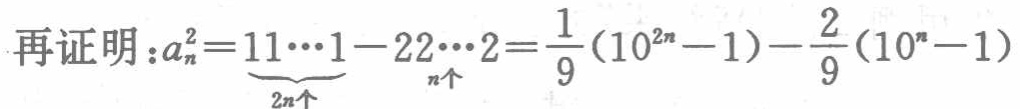
再证明：\(a_{n}^{2}=\underbrace{11\cdots1}_{2n个}- \underbrace{22\cdots2}_{n个}=\frac{1}{9}(10^{2n}-1)-\frac{2}{9}(10^{n}-1)\)